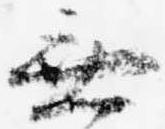
無